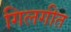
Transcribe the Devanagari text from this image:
गिलगीत